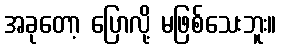
အခုတော့ ပြောလို့ မဖြစ်သေးဘူး။